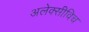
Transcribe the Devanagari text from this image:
अलेक्सीविच